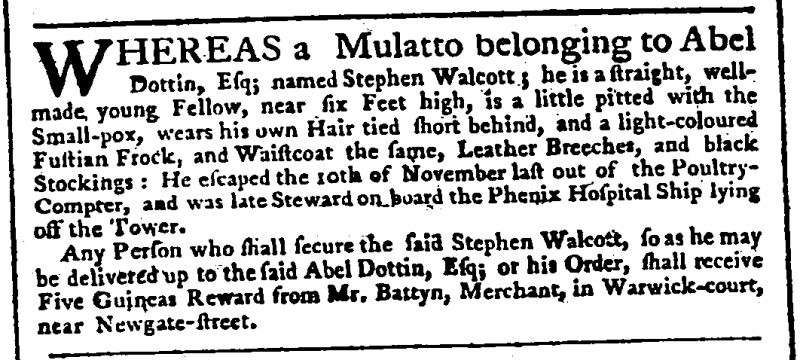
Public Advertiser, 18 December 1761 (England)
WHEREAS a Mulatto belonging to Abel Dottin, Esq; named Stephen Walcott; he is a straight, well-made young Fellow, near six Feet high, is a little pitted with the Small-pox, wears his own Hair tied short behind, and a light-coloured Fustian Frock, and Waistcoat the same, Leather Breeches, and black Stockings: He escaped the 10th of November last out of the Poultry-Compter, and was late Steward on board the Phenix Hospital Ship lying off the Tower.  Any Person who shall secure the said Stephen Walcott, so as he may be delivered up to the said Abel Dottin, Esq; or his Order, shall receive Five Guineas Reward from Mr. Battyn, Merchant, in Warwick-court, near Newgate-street.